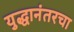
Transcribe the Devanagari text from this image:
युद्धानंतरचा